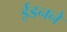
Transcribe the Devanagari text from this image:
ईडनने